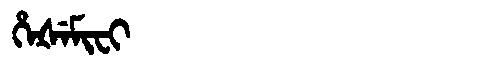
Manchu: ᡥᡝᡧᡝᠮᡳᠸᡳ
Romanization: HEŠEMIFI